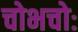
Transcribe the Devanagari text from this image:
चोभचोः